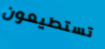
تستطيعون